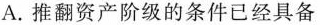
A.推翻资产阶级的条件已经具备